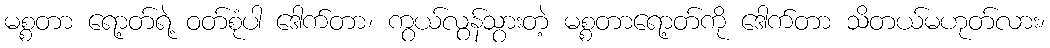
မစ္စတာ ရော့တ်ရဲ့ ဝတ်စုံပါ ဒေါက်တာ၊ ကွယ်လွန်သွားတဲ့ မစ္စတာရော့တ်ကို ဒေါက်တာ သိတယ်မဟုတ်လား၊